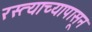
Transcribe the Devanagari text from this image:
रस्त्याच्यापासून